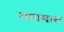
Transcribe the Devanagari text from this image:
गावयास